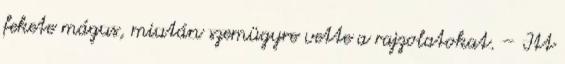
fekete mágus, miután szemügyre vette a rajzolatokat. – Itt